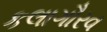
કલાગૌરવ